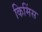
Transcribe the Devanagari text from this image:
किमिंस